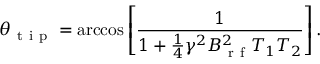
\theta _ { \mathrm { ~ t ~ i ~ p ~ } } = \operatorname { a r c c o s } \left[ \frac { 1 } { 1 + \frac { 1 } { 4 } \gamma ^ { 2 } B _ { \mathrm { ~ r ~ f ~ } } ^ { 2 } T _ { 1 } T _ { 2 } } \right] .